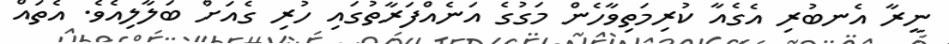
ނީރާ އެނބުރި އެގެއާ ކުރިމަތިވާހެން މަގުގެ އަނެއްފަރާތުގައި ހުރި ގެއަށް ބަލާލިއެވެ. އެތައް